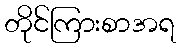
တိုင်ကြားစာအရ